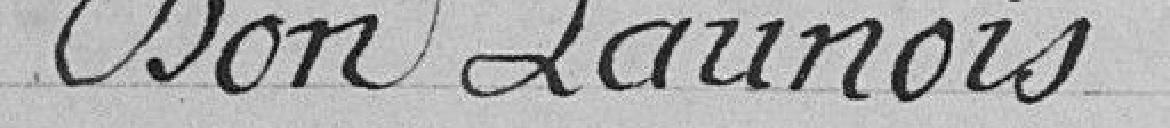
Don Launois